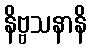
နိဗ္ဗသနာနိ